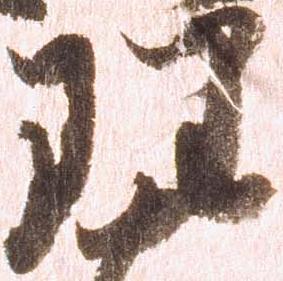
理